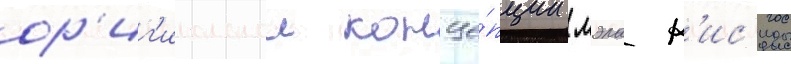
ор'иг'инальнои конце́пции мэла к'ис'иды